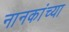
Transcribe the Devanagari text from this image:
नानकांच्या